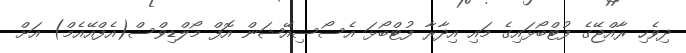
ދިވެހި ރާއްޖޭގެ ފުޓްބޯޅައިގެ މައި އިދާރާ ފުޓްބޯޅަ އެސޯސިއޭޝަން އޮފް މޯލްޑިވްސް(އެފްއޭއެމް) އަށް